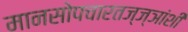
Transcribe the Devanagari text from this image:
मानसोपचारतज्ज्ञांशी